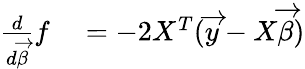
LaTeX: \begin{array}{rl}{{\frac{d}{d{\overrightarrow{\beta}}}}f}&{{}=-2X^{T}({\overrightarrow{y}}-X{\overrightarrow{\beta}})}\end{array}